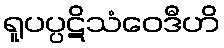
ရူပပ္ပဋိသံဝေဒီဟိ